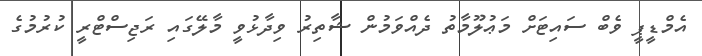
އެމްޑީޕީ ވެބް ސައިޓަށް މަޢުލޫމާތު ދެއްވަމުން ޝާތިރު ވިދާޅުވީ މާލޭގައި ރަޖިސްޓްރީ ކުރުމުގެ